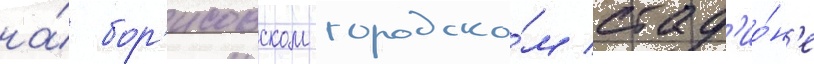
на́ бор'исовском городско́м стад'ио́н'е